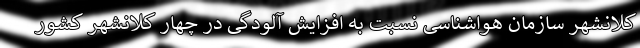
کلانشهر سازمان هواشناسی نسبت به افزایش آلودگی در چهار کلانشهر کشور